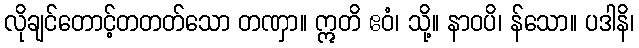
လိုချင်တောင့်တတတ်သော တဏှာ။ ဣတိ ဧဝံ၊ သို့။ နာဝပိ၊ န်သော။ ပဒါနိ၊